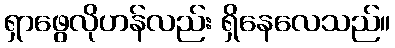
ရှာဖွေလိုဟန်လည်း ရှိနေလေသည်။